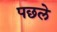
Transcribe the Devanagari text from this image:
पछले